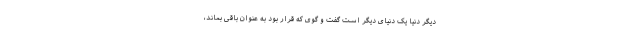
دیگر دنیا یک دنیای دیگر است گفت و گوی که قرار بود به عنوان باقی بماند،